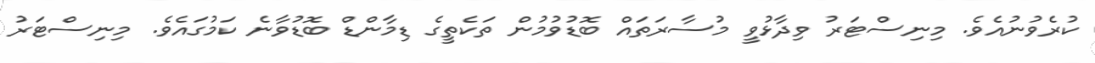
ކުރެވުނުއެވެ. މިނިސްޓަރު ވިދާޅުވީ މުސާރަތައް ބޮޑުވުމުން ތަކެތީގެ ޑިމާންޑް ބޮޑުވާނެ ކަމުގައެވެ. މިނިސްޓަރު